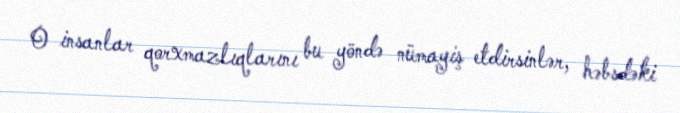
O insanlar qorxmazlıqlarını bu yöndə nümayiş etdirsinlər, həbsdəki